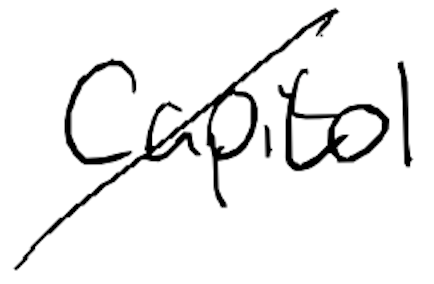
Text: Capitol
Cross-out: diagonal
Writing tool: digital_black